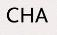
CHA